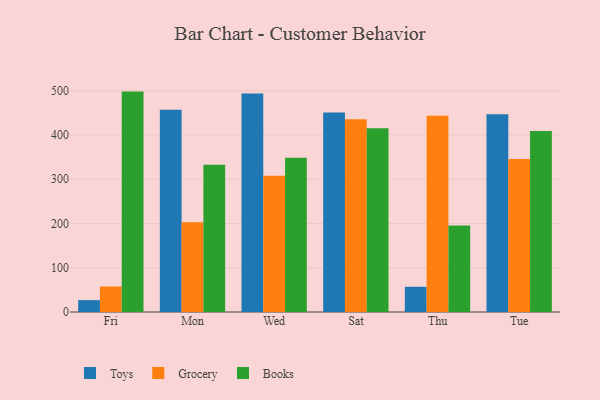
{"axis": {"x": "Day", "y": "Net Income (USD K)"}, "legend": ["Books", "Grocery", "Toys"], "data": [{"x": "Fri", "y": 26.8, "type": "Toys"}, {"x": "Fri", "y": 57.6, "type": "Grocery"}, {"x": "Fri", "y": 498.0, "type": "Books"}, {"x": "Mon", "y": 457.2, "type": "Toys"}, {"x": "Mon", "y": 202.8, "type": "Grocery"}, {"x": "Mon", "y": 332.9, "type": "Books"}, {"x": "Wed", "y": 493.9, "type": "Toys"}, {"x": "Wed", "y": 307.9, "type": "Grocery"}, {"x": "Wed", "y": 348.3, "type": "Books"}, {"x": "Sat", "y": 450.8, "type": "Toys"}, {"x": "Sat", "y": 435.6, "type": "Grocery"}, {"x": "Sat", "y": 415.1, "type": "Books"}, {"x": "Thu", "y": 57.0, "type": "Toys"}, {"x": "Thu", "y": 443.7, "type": "Grocery"}, {"x": "Thu", "y": 195.2, "type": "Books"}, {"x": "Tue", "y": 447.0, "type": "Toys"}, {"x": "Tue", "y": 345.9, "type": "Grocery"}, {"x": "Tue", "y": 409.2, "type": "Books"}]}